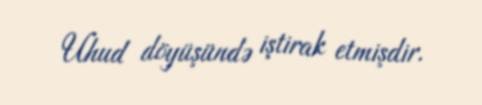
Uhud döyüşündə iştirak etmişdir.